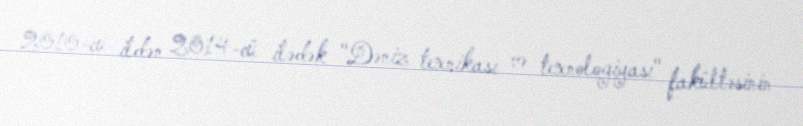
2010-cu ildən 2014-cü ilədək "Dəniz texnikası və texnologiyası" fakültəsinin